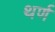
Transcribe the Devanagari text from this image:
थर्ण